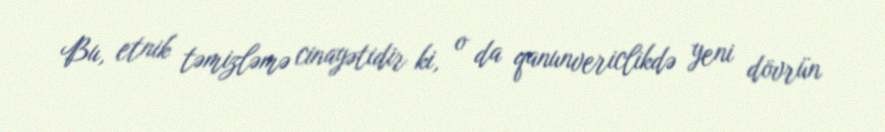
Bu, etnik təmizləmə cinayətidir ki, o da qanunvericlikdə yeni dövrün